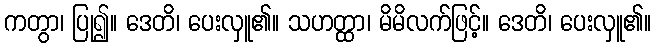
ကတွာ၊ ပြု၍။ ဒေတိ၊ ပေးလှူ၏။ သဟတ္ထာ၊ မိမိလက်ဖြင့်။ ဒေတိ၊ ပေးလှူ၏။